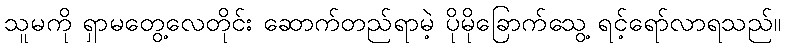
သူမကို ရှာမတွေ့လေတိုင်း ဆောက်တည်ရာမဲ့ ပိုမိုခြောက်သွေ့ ရင့်ရော်လာရသည်။